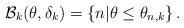
LaTeX: \begin{align*} \mathcal{B}_k(\theta, \delta_k ) = \left\{ n \vert \theta \le \theta_{n,k} \right\} . \end{align*}